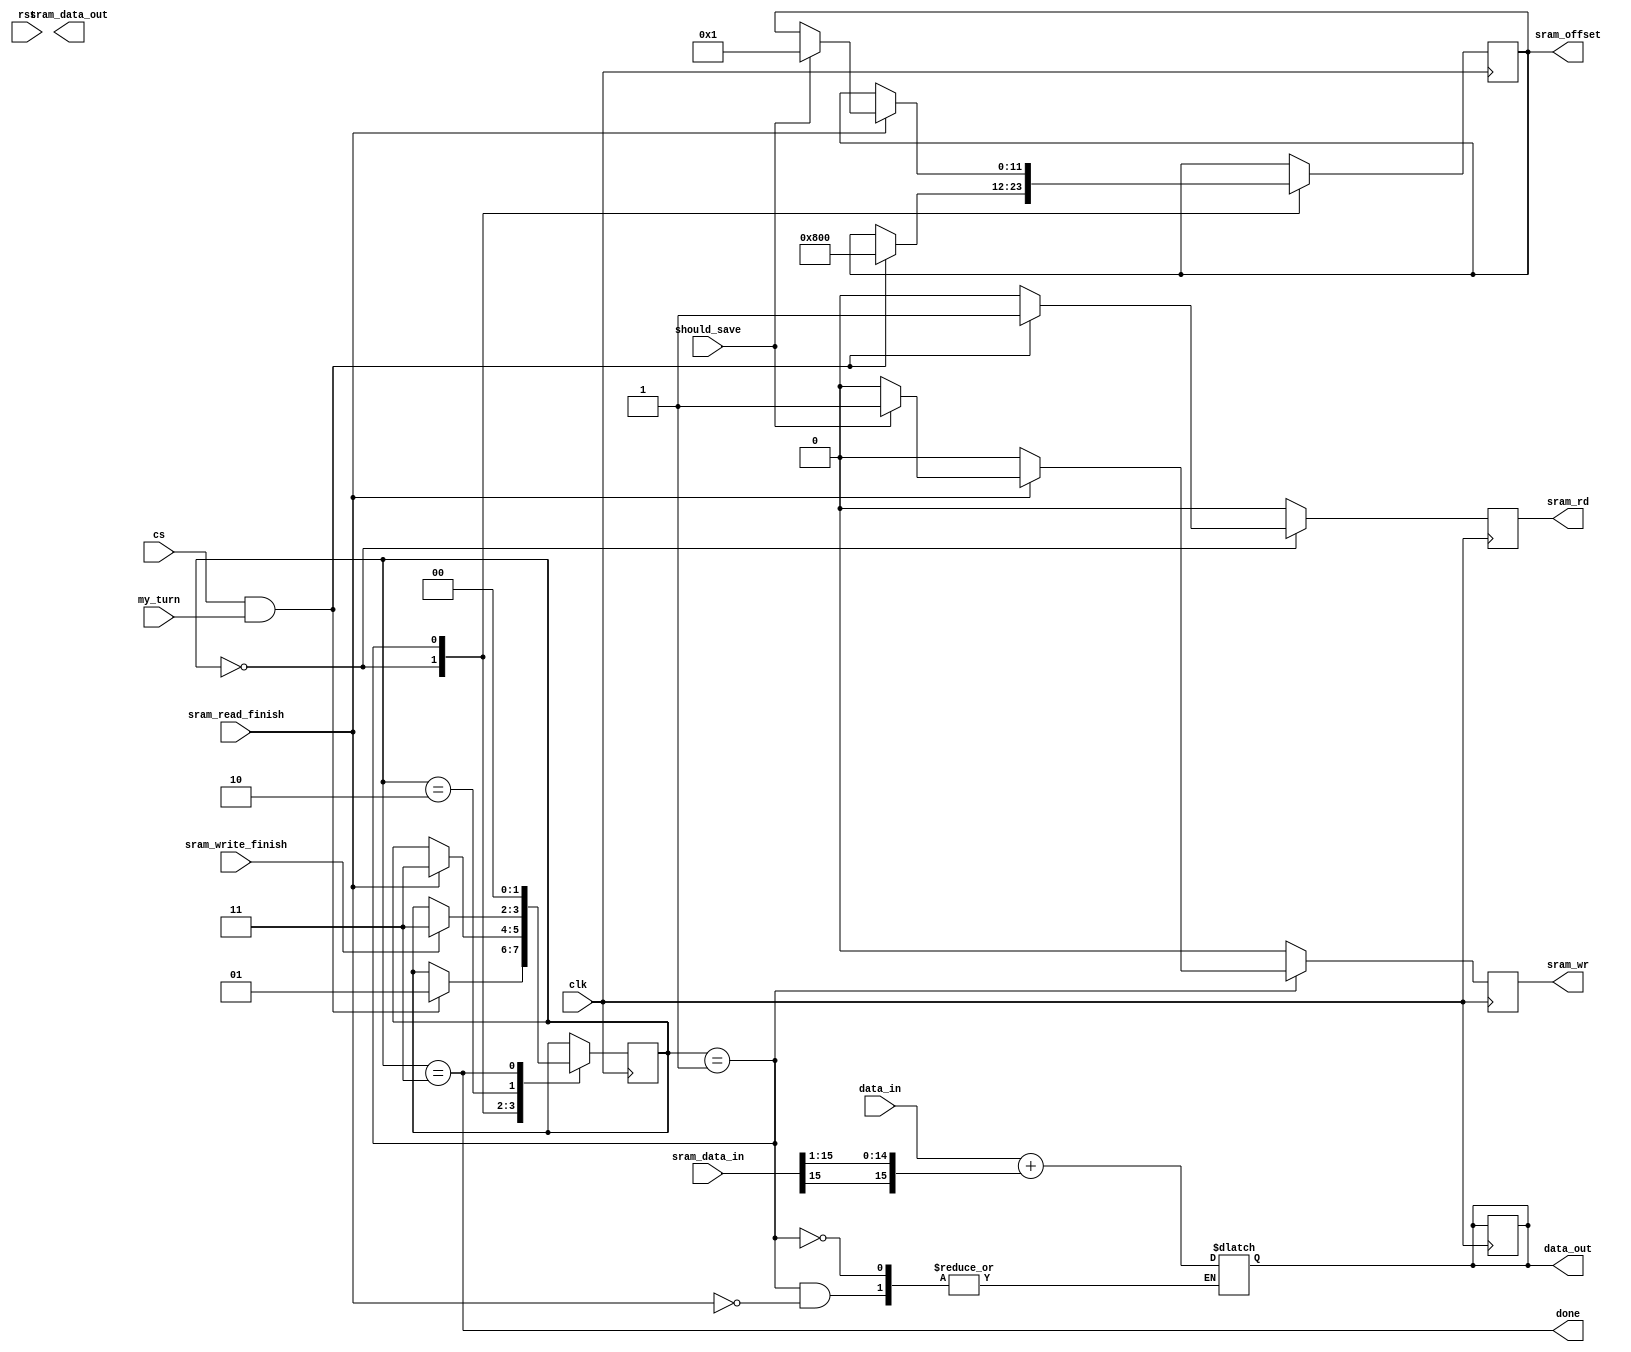
//TODO you have to make sure AUDIO and EFFECTS dont read/wr in same clock cycle

module echo
#(
	parameter DATA_WIDTH=16,
	parameter ADDR_WIDTH = 12,
	parameter OFFSET = 2048
)
(
	/* smart_ram interface */
	input [DATA_WIDTH-1:0] sram_data_in,
	input sram_read_finish,
	input sram_write_finish,
	output sram_wr,
	output sram_rd,
	output [DATA_WIDTH-1:0] sram_data_out,
	output [(ADDR_WIDTH-1):0] sram_offset,
	/* end */

	input should_save,
	input clk,
	input rst,
	input cs,
	input my_turn,
	input [DATA_WIDTH-1:0] data_in,
	output done,
	output [(DATA_WIDTH-1):0] data_out
);

reg [DATA_WIDTH-1:0] sr_data_out, sr_data_out_next;
reg [ADDR_WIDTH-1:0] sr_offset, sr_offset_next;
reg sr_wr, sr_wr_next;
reg sr_rd, sr_rd_next;
reg [DATA_WIDTH-1:0] data_out_reg, data_out_reg_next;

localparam PASSIVE = 0, GETDATA_AND_CALCULATE = 1, SAVE = 2, DONE = 3;

reg [1:0] state, state_next;

initial
begin
	state = PASSIVE;
end

always @(*)
begin
	state_next <= state;
	sr_offset_next <= sr_offset;
	sr_data_out_next <= sr_data_out;
	data_out_reg <= data_out_reg_next;
	sr_rd_next <= 0;
	sr_wr_next <= 0;

	casex(state)
	PASSIVE:
	begin
		if(cs == 1 && my_turn == 1)
		begin
			state_next <= GETDATA_AND_CALCULATE;
			// prepare for reading from sram
			sr_rd_next <= 1;
			sr_offset_next <= OFFSET;
		end
	end
	GETDATA_AND_CALCULATE:
	begin
		if (sram_read_finish)
		begin
			data_out_reg_next <= data_in + {{1{sram_data_in[DATA_WIDTH-1]}}, sram_data_in[DATA_WIDTH-1:1]};

			if (should_save)
			begin
				sr_offset_next <= 1;
				sr_wr_next <= 1;
				sr_data_out_next <= data_in + {{1{sram_data_in[DATA_WIDTH-1]}}, sram_data_in[DATA_WIDTH-1:1]};
				state_next <= SAVE;
			end

		state_next <= DONE;
		end
	end
        SAVE:
        begin
           if (sram_write_finish) begin
              state_next <= DONE;
           end
        end
	DONE:
	begin
		state_next <= PASSIVE;
	end
	endcase
end

/* Take action based on state */
reg [(DATA_WIDTH-1):0] sum;
integer i;

always @(posedge clk)
begin
	state <= state_next;
	data_out_reg <= data_out_reg_next;
	sr_wr <= sr_wr_next;
	sr_rd <= sr_rd_next;
	sr_offset <= sr_offset_next;
end

assign sram_offset = sr_offset;
assign sram_wr = sr_wr;
assign sram_rd = sr_rd;
assign sram_data_out = sr_data_out;
assign data_out = data_out_reg;
assign done = state == DONE;
endmodule